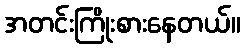
အတင်းကြိုးစားနေတယ်။